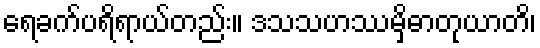
ရေခက်ပရိရာယ်တည်း။ ဒသသဟဿမှိဓာတုယာတိ၊